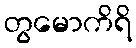
တွမောကိရိ